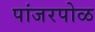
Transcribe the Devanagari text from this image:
पांजरपोळ